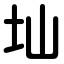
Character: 圸